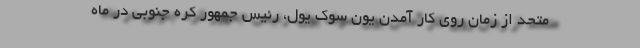
متحد از زمان روی کار آمدن یون سوک یول، رئیس جمهور کره جنوبی در ماه